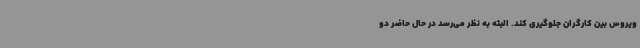
ویروس بین کارگران جلوگیری کند. البته به نظر می‌رسد در حال حاضر دو